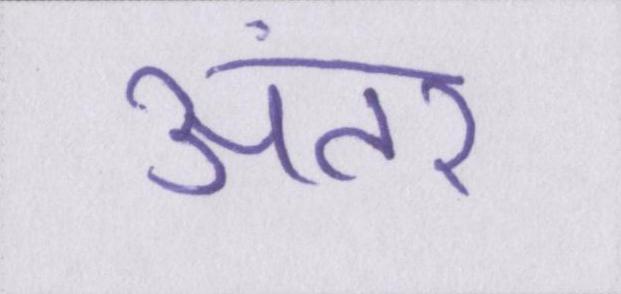
अंतर